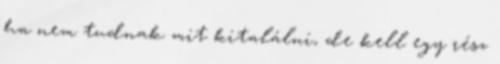
ha nem tudnak mit kitalálni, de kell egy rész